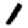
Digit: 1